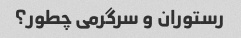
رستوران و سرگرمی چطور؟